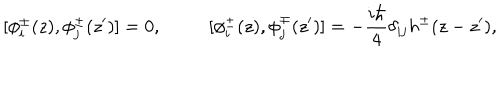
[ \phi _ { i } ^ { \pm } ( z ) , \phi _ { j } ^ { \pm } ( z ^ { \prime } ) ] = 0 , ~ [ \phi _ { i } ^ { \pm } ( z ) , \phi _ { j } ^ { \mp } ( z ^ { \prime } ) ] = - \frac { i \hbar } { 4 } \delta _ { i j } h ^ { \pm } ( z - z ^ { \prime } ) ,